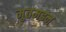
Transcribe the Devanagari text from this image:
मुतमइन